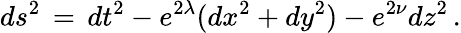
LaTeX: ds^{2}\, =\, dt^{2}-e^{2\lambda}(dx^{2}+dy^{2})-e^{2\nu}dz^{2}\, .